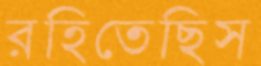
রহিতেছিস